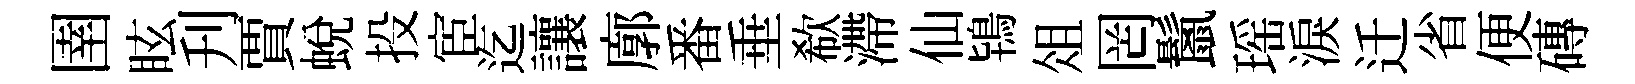
圉眩刋賈蜕投宦迄讓廓番垂欷滯仙鴇俎罔鬛瑶淚迁省便磚